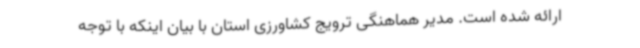
ارائه شده است. مدیر هماهنگی ترویج کشاورزی استان با بیان اینکه با توجه